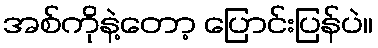
အစ်ကိုနဲ့တော့ ပြောင်းပြန်ပဲ။